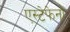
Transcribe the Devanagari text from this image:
एस्टेफेनो